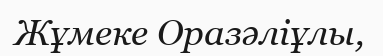
Жұмеке Оразәліұлы,